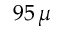
9 5 \, \mu